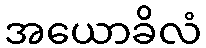
အယောခိလံ